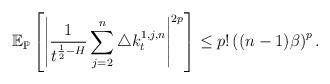
LaTeX: \begin{align*}\mathbb{E}_{\mathbb{P}}\left[\left|\frac{1}{t^{\frac{1}{2}-H}}\sum_{j=2}^n\triangle k_t^{1,j,n}\right|^{2p}\right]\leq p !\left((n-1)\beta \right)^{p}.\end{align*}